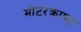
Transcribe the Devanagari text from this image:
मोटरक्राफ्ट